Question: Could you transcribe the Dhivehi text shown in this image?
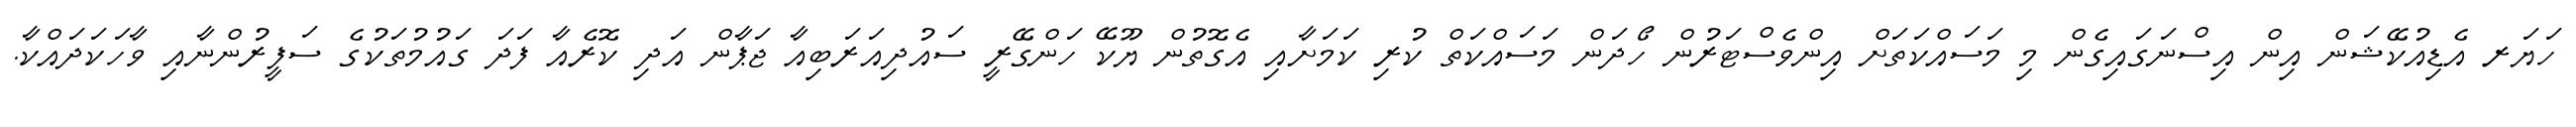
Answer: ހަޔަރ އެޑިއުކޭޝަން އިން އިސްނަގައިގެން މި މަސައްކަތަށް އިންވެސްޓަރުން ހޯދަން މަސައްކަތް ކުރި ކަމަށާއި އެގޮތުން ޔޫކޭ ހަންގޭރީ ސައުދިއަރަބިއާ ޖަޕާން އަދި ކޮރެއާ ފަދަ ގައުމުތަކުގެ ސަފީރުންނާއި ވާހަކަދައްކާ.